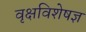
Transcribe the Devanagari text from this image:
वृक्षविशेषज्ञ